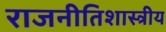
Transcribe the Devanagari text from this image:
राजनीतिशास्त्रीय